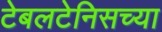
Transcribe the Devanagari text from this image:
टेबलटेनिसच्या